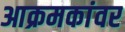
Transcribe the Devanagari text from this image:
आक्रमकांवर